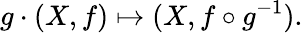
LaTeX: g\cdot(X,f)\mapsto(X,f\circ g^{-1}).